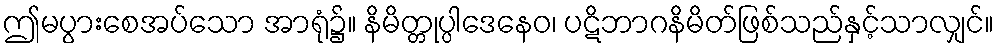
ဤမပွားစေအပ်သော အာရုံ၌။ နိမိတ္တုပ္ပါဒေနေဝ၊ ပဋိဘာဂနိမိတ်ဖြစ်သည်နှင့်သာလျှင်။